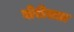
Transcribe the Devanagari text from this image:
बोरीसला